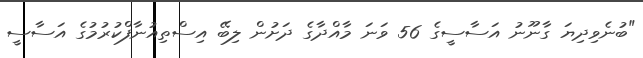
"ބުނެވިދިޔަ ގާނޫނު އަސާސީގެ 56 ވަނަ މާއްދާގެ ދަށުން ލިބޭ އިސްތިއުނާފްކުރުމުގެ އަސާސީ